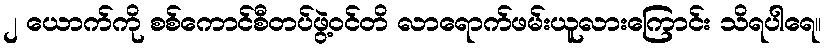
၂ ယောက်ကို စစ်ကောင်စီတပ်ဖွဲ့ဝင်တိ လာရောက်ဖမ်းယူလားကြောင်း သိရပါရေ။